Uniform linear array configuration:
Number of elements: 48
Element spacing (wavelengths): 0.75
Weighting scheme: cosine
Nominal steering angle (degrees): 60
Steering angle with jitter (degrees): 61.689
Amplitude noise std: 0.05
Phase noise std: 0.05

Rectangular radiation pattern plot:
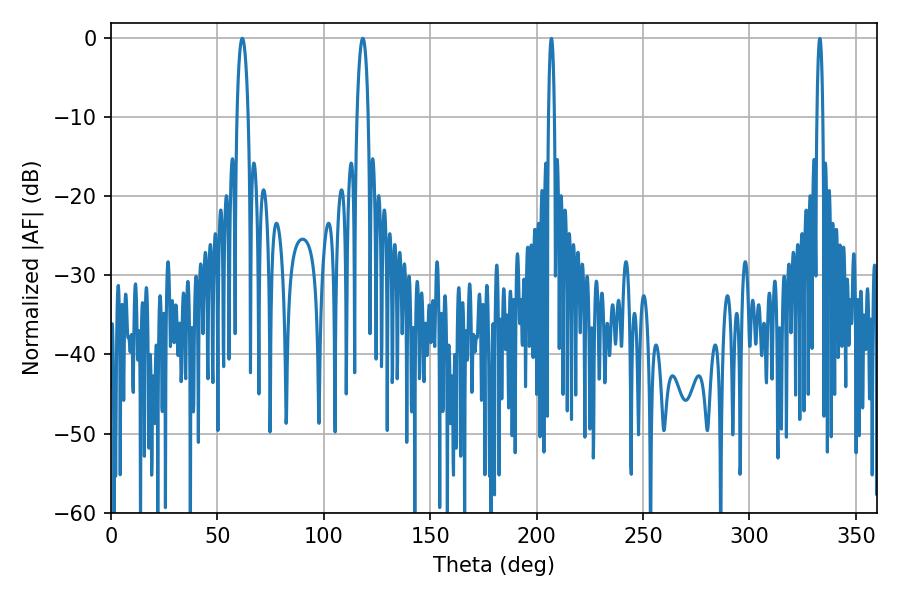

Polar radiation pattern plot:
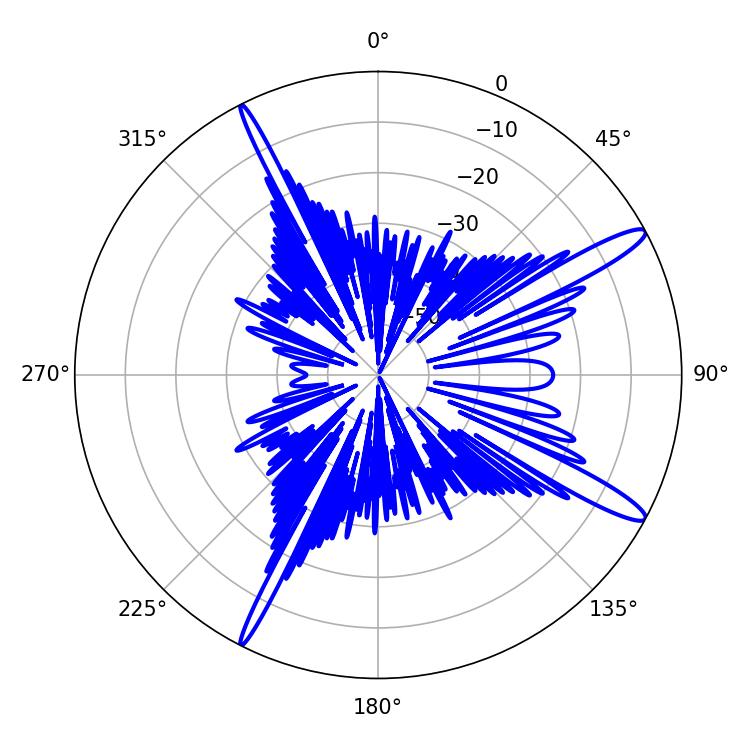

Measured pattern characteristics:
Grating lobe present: TRUE
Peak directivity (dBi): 14.223
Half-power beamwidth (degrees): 2.88
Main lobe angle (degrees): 61.74